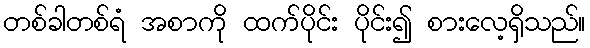
တစ်ခါတစ်ရံ အစာကို ထက်ပိုင်း ပိုင်း၍ စားလေ့ရှိသည်။